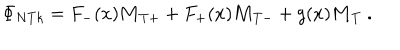
\Phi _ { N T k } = F _ { - } ( x ) { \bf M } _ { T + } + F _ { + } ( x ) { \bf M } _ { T - } + g ( x ) { \bf M } _ { T } \ .